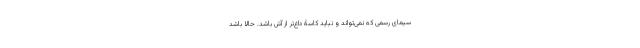
سیمای رسمی که نمی‌تواند و نباید کاسۀ داغ‌تر از آش باشد. حالا باشد